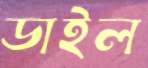
ডাইল